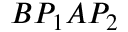
B P _ { 1 } A P _ { 2 }